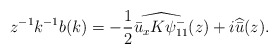
\begin{align*}z^{-1} k^{-1} b(k)= - \frac{1}{2} \widehat{ \bar{u}_x K \psi^-_{11} } ( z)+ i \widehat{\bar{u}} ( z ).\end{align*}